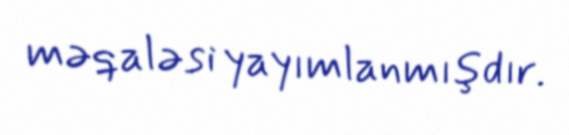
məqaləsi yayımlanmışdır.